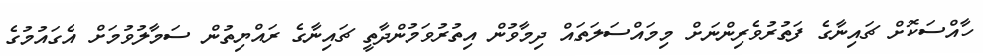
ހާއްސަކޮށް ޗައިނާގެ ފަތުރުވެރިންނަށް މިމައްސަލަތައް ދިމާވުން އިތުރުވަމުންދާތީ ޗައިނާގެ ރައްޔިތުން ސަމާލުވުމަށް އެގައުމުގެ